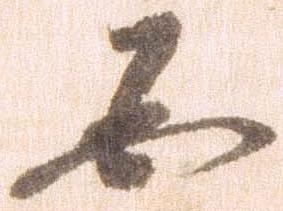
必